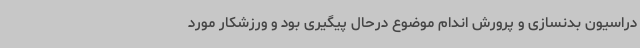
دراسیون بدنسازی و پرورش اندام موضوع درحال پیگیری بود و ورزشکار مورد